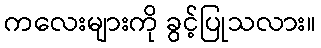
ကလေးများကို ခွင့်ပြုသလား။